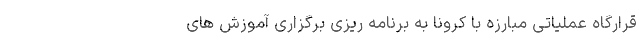
قرارگاه عملیاتی مبارزه با کرونا به برنامه ریزی برگزاری آموزش های